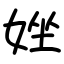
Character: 㛗